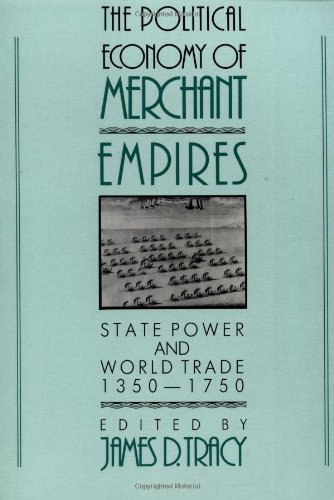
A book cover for The Political Economy of Merchant Empires: State Power and World Trade, 1350-1750 (Studies in Comparative Early Modern History); Business & Money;